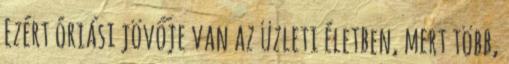
Ezért óriási jövője van az üzleti életben, mert több,